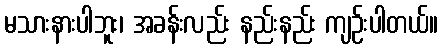
မသားနားပါဘူး၊ အခန်းလည်း နည်းနည်း ကျဉ်းပါတယ်။